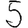
Digit: 5